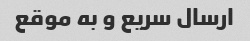
ارسال سریع و به موقع